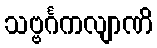
သဗ္ဗင်္ဂကလျာဏိ